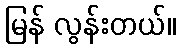
မြန် လွန်းတယ်။